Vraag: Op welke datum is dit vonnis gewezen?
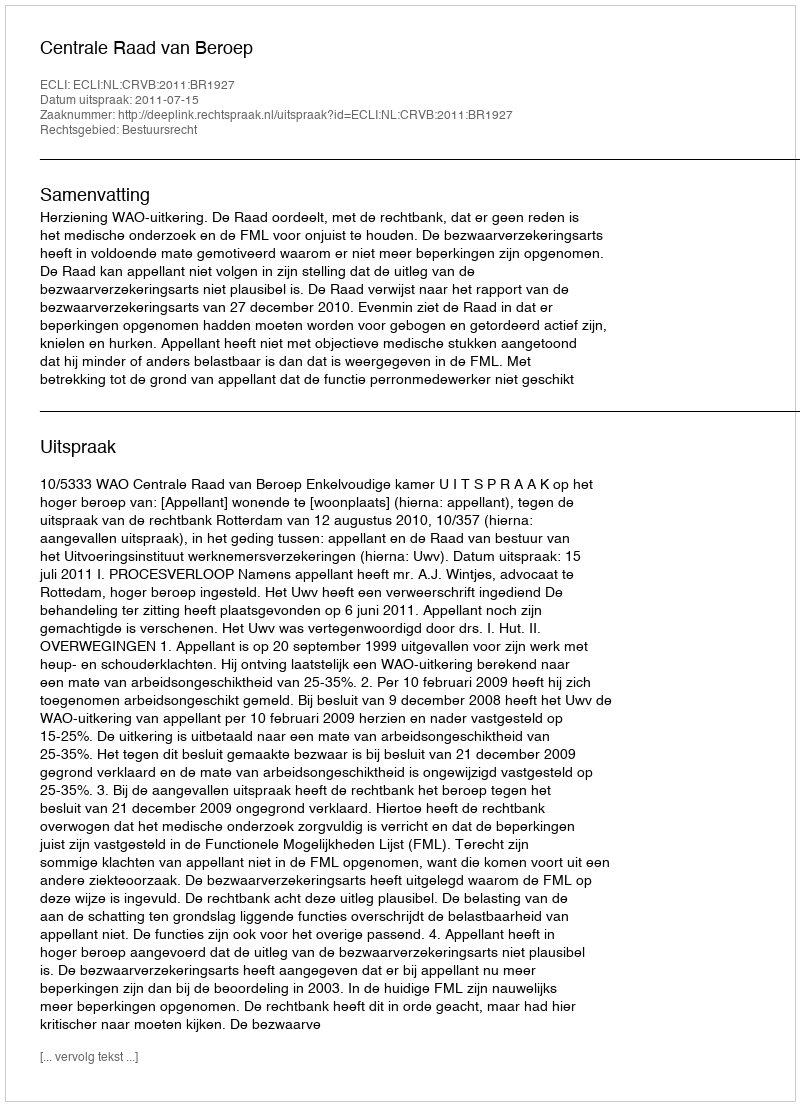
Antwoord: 2011-07-15